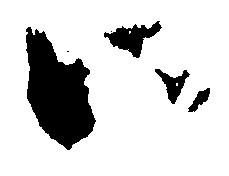
い